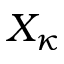
X _ { \kappa }